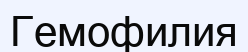
Гемофилия